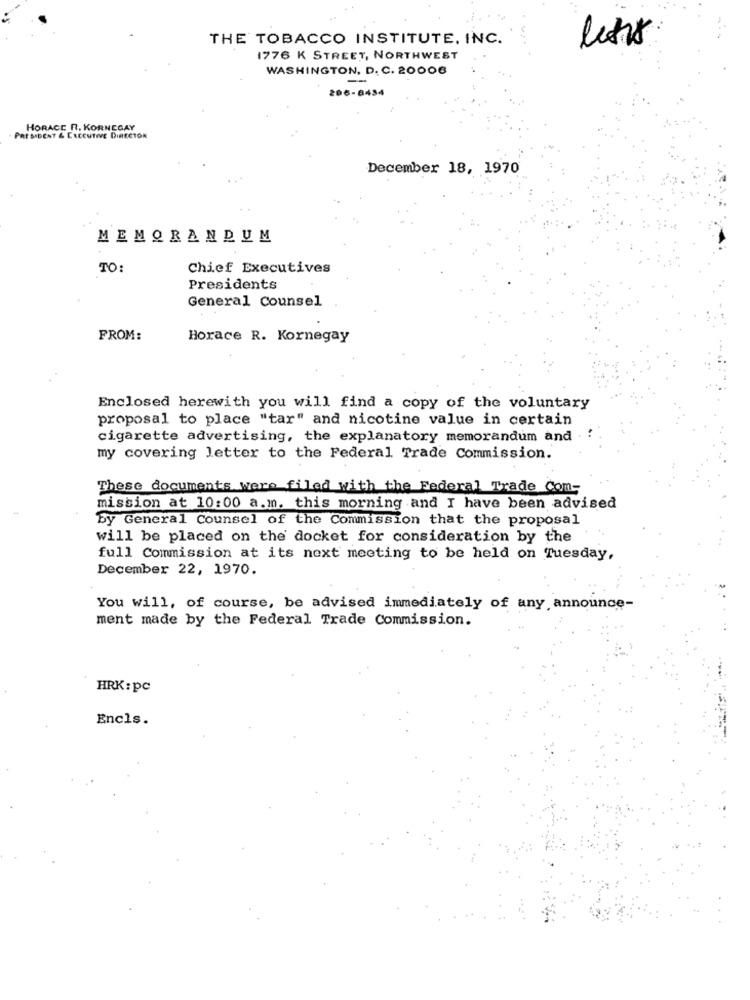
THE TOBACCO INSTITUTE, INC.
1776 K STREET, NORTHWEST
WASHINGTON, D. C. 20006
206-8434
HORACE R. KORNEGAY
PRESIDENT & EXECUTIVE DIRECTOR
December 18, 1970
MEMORANDUM
TO:
Chief Executives
Presidents
General Counsel
FROM:
Horace R. Kornegay
Enclosed herewith you will find a copy of the voluntary
proposal to place "tar" and nicotine value in certain
cigarette advertising, the explanatory memorandum and
my covering letter to the Federal Trade Commission.
These documents were filed with the Federal Trade Com-
mission at 10:00 a.m. this morning and I have been advised
By General Counsel of the Commission that the proposal
will be placed on the docket for consideration by the
full Commission at its next meeting to be held on Tuesday,
December 22, 1970.
You will, of course, be advised immediately of any announce-
ment made by the Federal Trade Commission.
HRK: pc
Encls.